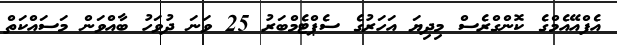
އެފްއޭއެމްގެ ކޮންގްރެސް މިދިޔަ އަހަރުގެ ސެޕްޓެމްބަރު 25 ވަނަ ދުވަހު ބާއްވަން މަސައްކަތް